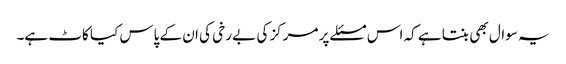
یہ سوال بھی بنتا ہے کہ اس مسئلے پر مرکز کی بے رخی کی ان کے پاس کیا کاٹ ہے۔